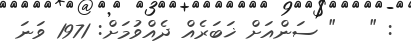
: "   " ސަންއަށް ޚަބަރެއް ދެއްވުމަށް: 1971 ވަނަ